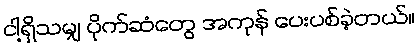
ငါ့ရှိသမျှ ပိုက်ဆံတွေ အကုန် ပေးပစ်ခဲ့တယ်။